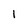
Character: 1